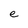
Character: e